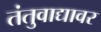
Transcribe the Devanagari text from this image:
तंतुवाद्यावर